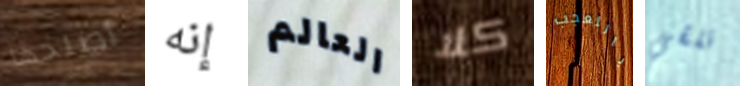
أصلحها إنه العالم كلا ياللعجب نلقي